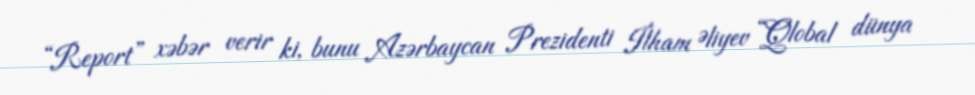
“Report” xəbər verir ki, bunu Azərbaycan Prezidenti İlham Əliyev “Qlobal dünya